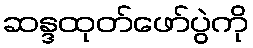
ဆန္ဒထုတ်ဖော်ပွဲကို